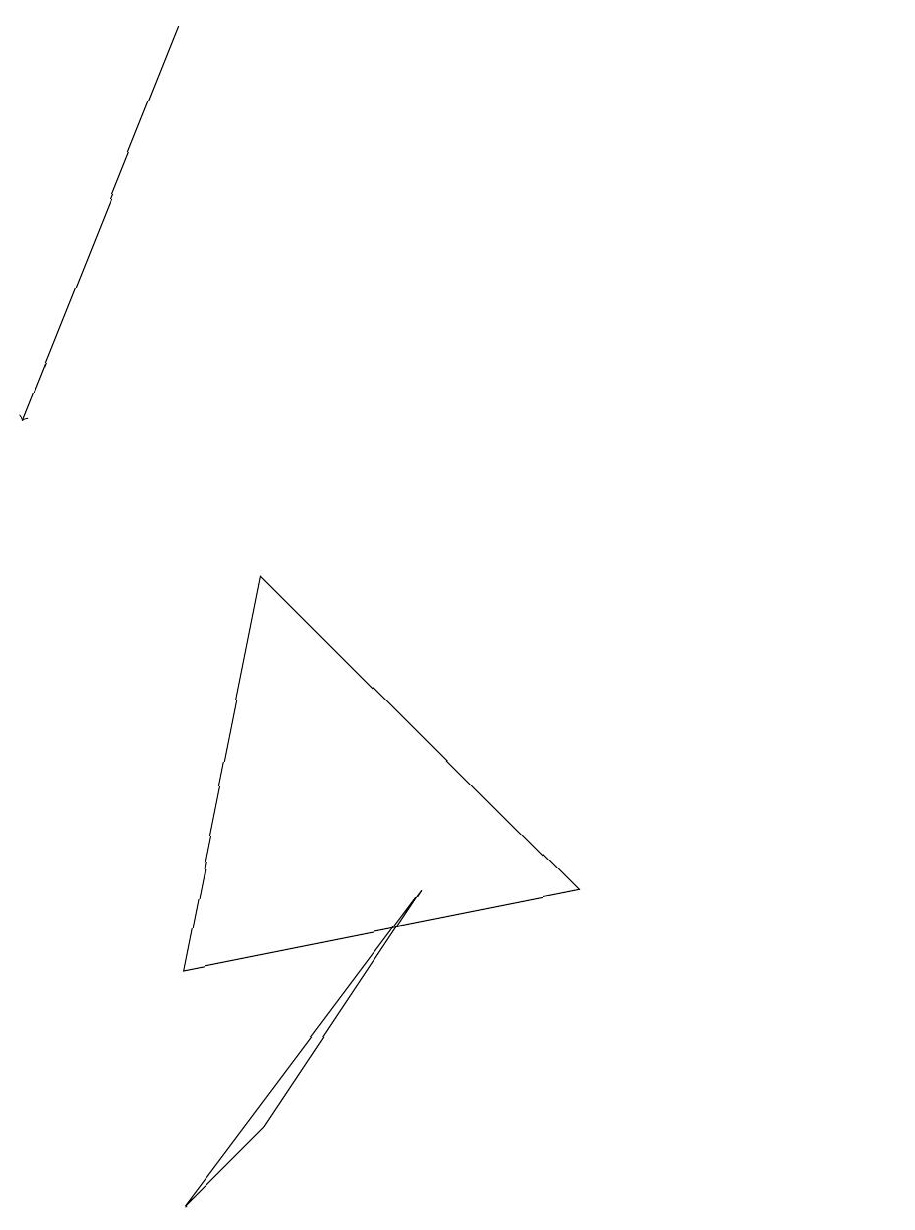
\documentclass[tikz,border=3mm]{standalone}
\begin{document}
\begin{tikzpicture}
\draw[->] (2,16) -- (0,11);
\draw (11,10) circle (0);
\draw (2,1) -- (5,5) -- (3,2) -- cycle;
\draw (10,12) circle (0);
\draw (3,9) -- (7,5) -- (2,4) -- cycle;
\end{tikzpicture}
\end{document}